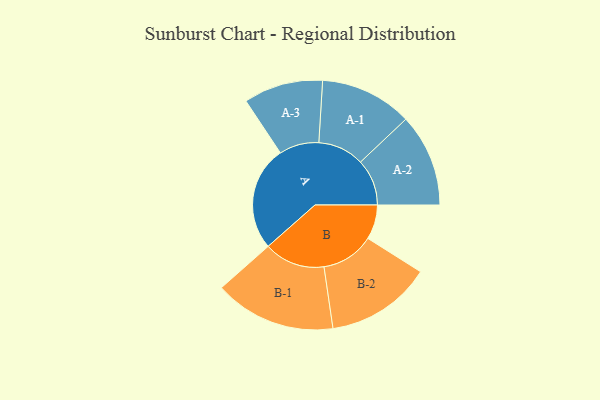
{"axis": {"x": "Segment", "y": "Value"}, "legend": ["", "A", "B"], "data": [{"x": "A", "y": 406, "type": ""}, {"x": "B", "y": 134, "type": ""}, {"x": "A-1", "y": 179, "type": "A"}, {"x": "A-2", "y": 180, "type": "A"}, {"x": "A-3", "y": 154, "type": "A"}, {"x": "B-1", "y": 236, "type": "B"}, {"x": "B-2", "y": 205, "type": "B"}]}